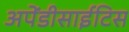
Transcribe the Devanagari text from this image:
अपेंडीसाईटिस